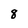
Character: 8